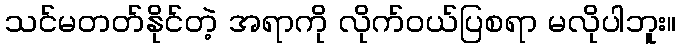
သင်မတတ်နိုင်တဲ့ အရာကို လိုက်ဝယ်ပြစရာ မလိုပါဘူး။